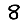
Digit: 8